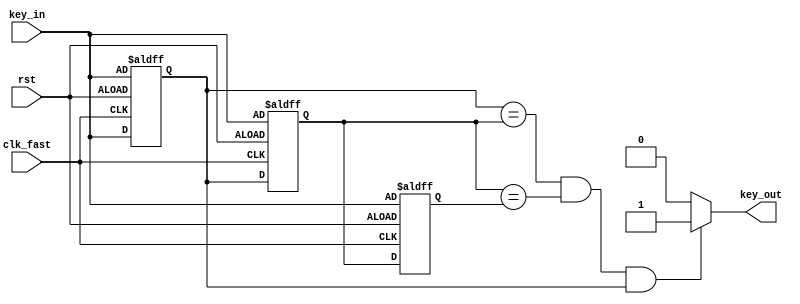
`timescale 1ns / 1ps

module debounce(
    input clk_fast,
    input rst,
    input key_in,
    output wire key_out
    );

    reg delay1=0;
    reg delay2=0;
    reg delay3=0;

    always @ (posedge clk_fast or posedge rst)
    begin
        if(rst == 1)
            begin
                delay1<=key_in;
                delay2<=key_in;
                delay3<=key_in;
            end
        else begin
            delay1 <= key_in;
            delay2 <= delay1;
            delay3 <= delay2;
        end
    end

    assign key_out = ((delay1 == delay2) && (delay2 == delay3) && (delay1 == 1))?1:0;

endmodule